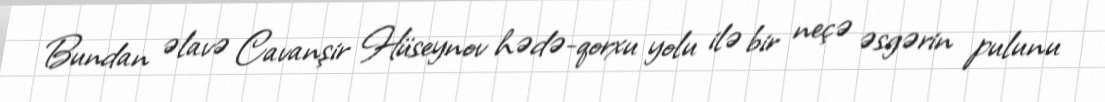
Bundan əlavə Cavanşir Hüseynov hədə-qorxu yolu ilə bir neçə əsgərin pulunu